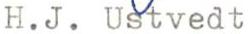
H.J. Ustvedt